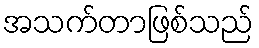
အသက်တာဖြစ်သည်